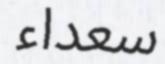
سعداء